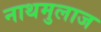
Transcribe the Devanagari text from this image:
नाथमुलाज